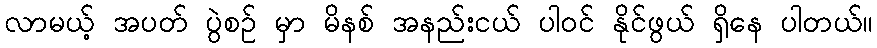
လာမယ့် အပတ် ပွဲစဉ် မှာ မိနစ် အနည်းငယ် ပါဝင် နိုင်ဖွယ် ရှိနေ ပါတယ်။